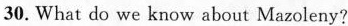
30.What do we know about Mazoleny?